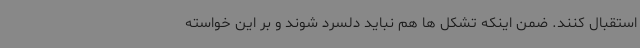
استقبال کنند. ضمن اینکه تشکل ها هم نباید دلسرد شوند و بر این خواسته